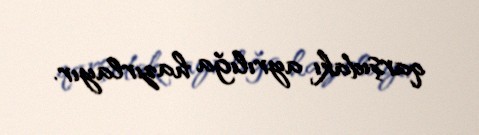
qarşıdakı ayrılığa hazırlayır.